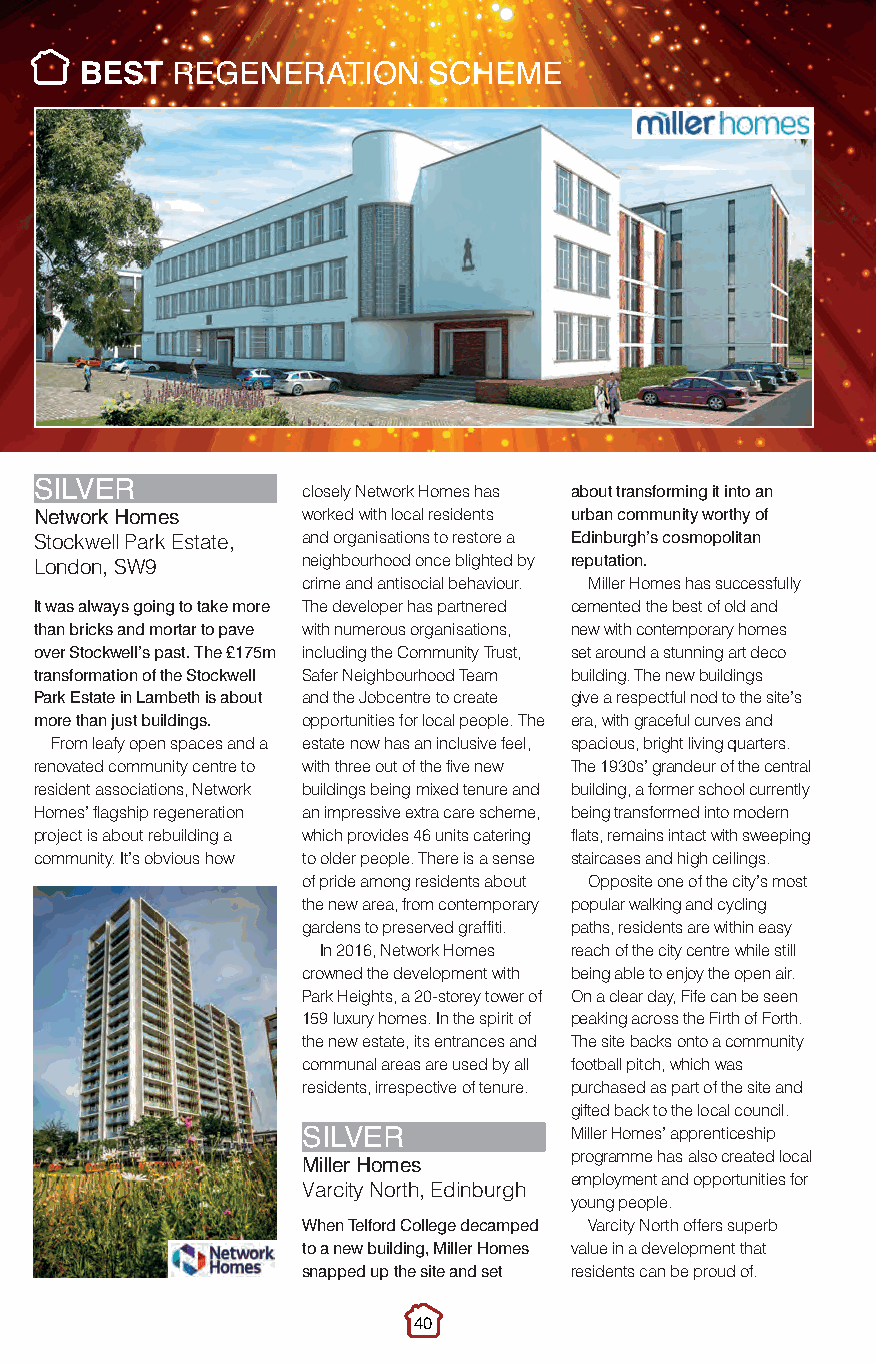
Best Regeneration.qxp_Layout 1 10/11/2016 21:50 Page 3
 BEST  REGENERATION     SCHEME
 closely Network Homes has about transforming it into an
 SILVER
 worked with local residents urban community worthy of
 N Ste ot cw ko wrk e lH l Po am rke s Estate, and organisations to restore a Edinburgh’s cosmopolitan
 neighbourhood once blighted by reputation.
 London, SW9
 crime and antisocial behaviour. Miller Homes has successfully
 It was always going to take more The developer has partnered cemented the best of old and
 than bricks and mortar to pave with numerous organisations, new with contemporary homes
 over Stockwell’s past. The £175m including the Community Trust, set around a stunning art deco
 transformation of the Stockwell Safer Neighbourhood Team building. The new buildings
 Park Estate in Lambeth is about and the Jobcentre to create give a respectful nod to the site’s
 more than just buildings. opportunities for local people. The era, with graceful curves and
 From leafy open spaces and a estate now has an inclusive feel, spacious, bright living quarters.
 renovated community centre to with three out of the five new The 1930s’ grandeur of the central
 resident associations, Network buildings being mixed tenure and building, a former school currently
 Homes’ flagship regeneration an impressive extra care scheme, being transformed into modern
 project is about rebuilding a which provides 46 units catering flats, remains intact with sweeping
 community. It’s obvious how to older people. There is a sense staircases and high ceilings.
 of pride among residents about Opposite one of the city’s most
 the new area, from contemporary popular walking and cycling
 gardens to preserved graffiti. paths, residents are within easy
 In 2016, Network Homes reach of the city centre while still
 crowned the development with being able to enjoy the open air.
 Park Heights, a 20-storey tower of On a clear day, Fife can be seen
 159 luxury homes. In the spirit of peaking across the Firth of Forth.
 the new estate, its entrances and The site backs onto a community
 communal areas are used by all football pitch, which was
 residents, irrespective of tenure. purchased as part of the site and
 gifted back to the local council.
 Miller Homes’ apprenticeship
 SILVER            programme has also created local
 Miller Homes      employment and opportunities for
 Varcity North, Edinburgh
 young people.
 When Telford College decamped Varcity North offers superb
 to a new building, Miller Homes value in a development that
 snapped up the site and set residents can be proud of.
 40